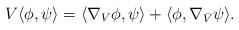
LaTeX: \begin{align*}V\langle\phi,\psi\rangle =\langle\nabla_V\phi,\psi\rangle +\langle\phi,\nabla_{\bar V}\psi\rangle.\end{align*}